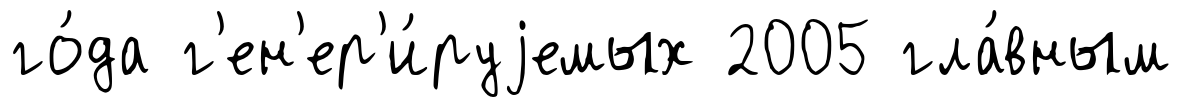
го́да г'ен'ер'и́руjемых 2005 гла́вным